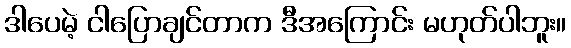
ဒါပေမဲ့ ငါပြောချင်တာက ဒီအကြောင်း မဟုတ်ပါဘူး။